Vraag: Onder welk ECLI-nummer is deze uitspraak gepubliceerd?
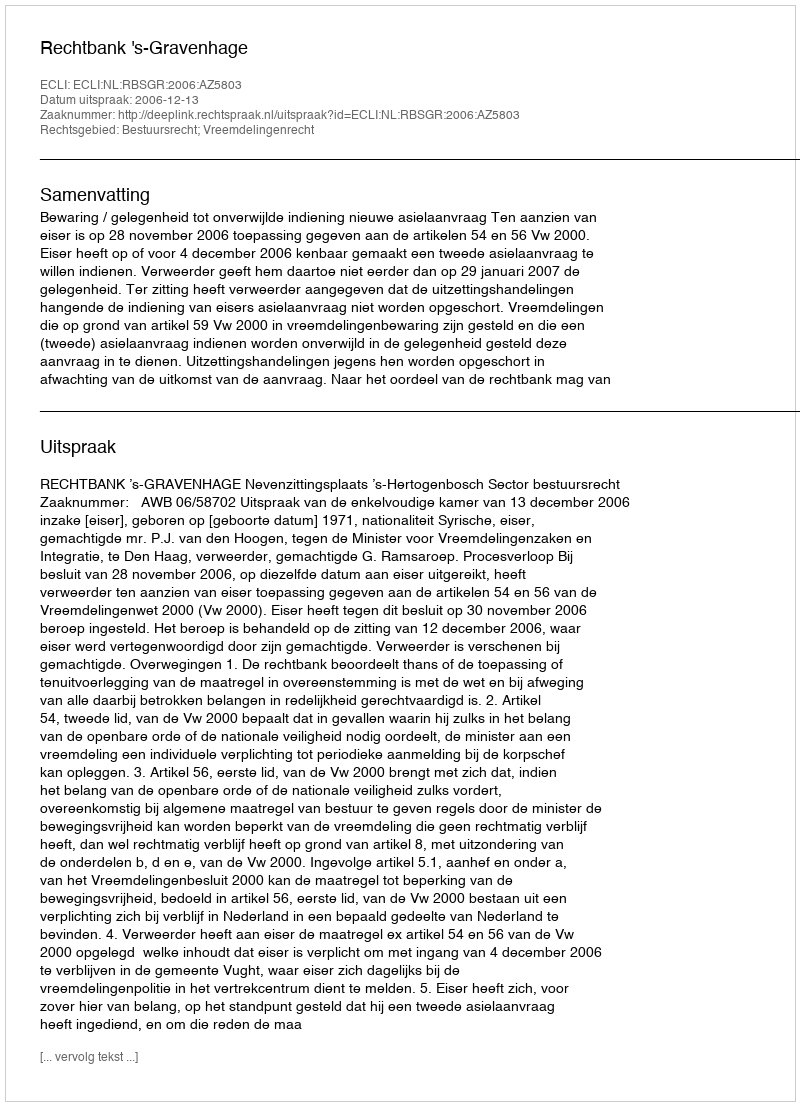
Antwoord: ECLI:NL:RBSGR:2006:AZ5803